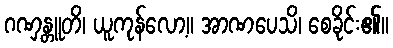
ဂဏှန္တူတိ၊ ယူကုန်လော့။ အာဏပေသိ၊ စေခိုင်း၏။